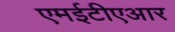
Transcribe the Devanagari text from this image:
एमईटीएआर